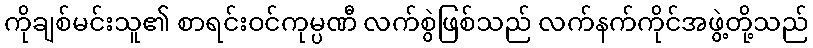
ကိုချစ်မင်းသူ၏ စာရင်းဝင်ကုမ္ပဏီ လက်စွဲဖြစ်သည် လက်နက်ကိုင်အဖွဲ့တို့သည်